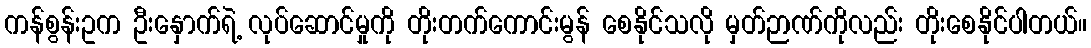
ကန်စွန်းဥက ဦးနှောက်ရဲ့ လုပ်ဆောင်မှုကို တိုးတက်ကောင်းမွန် စေနိုင်သလို မှတ်ဉာဏ်ကိုလည်း တိုးစေနိုင်ပါတယ်။